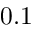
0 . 1